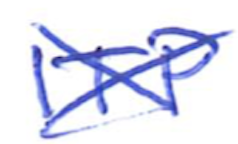
Text: ITF
Cross-out: cross
Writing tool: ballpoint